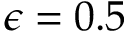
\epsilon = 0 . 5